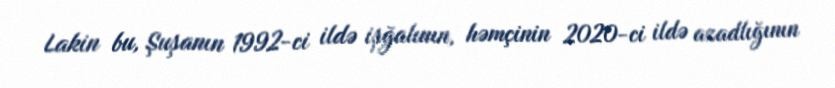
Lakin bu, Şuşanın 1992-ci ildə işğalının, həmçinin 2020-ci ildə azadlığının